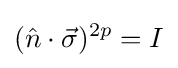
({\hat {n}}\cdot {\vec {\sigma }})^{2p}=I